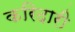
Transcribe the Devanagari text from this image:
करिदारी